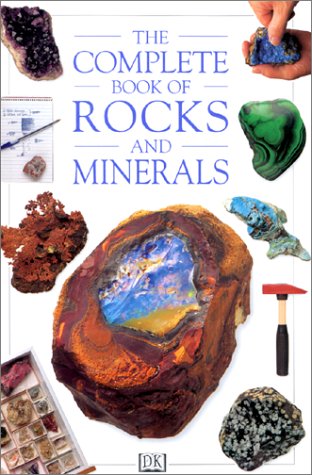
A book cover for The Complete Book of Rocks and Minerals; Chris Pellant; Science & Math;